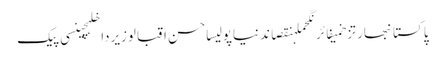
پاکستانبھارتزخمیفائرنگحملہنقصاندنیاپولیساحسن اقبالوزیرداخلہچینسی پیک